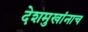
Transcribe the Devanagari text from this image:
देशमुखांनाच